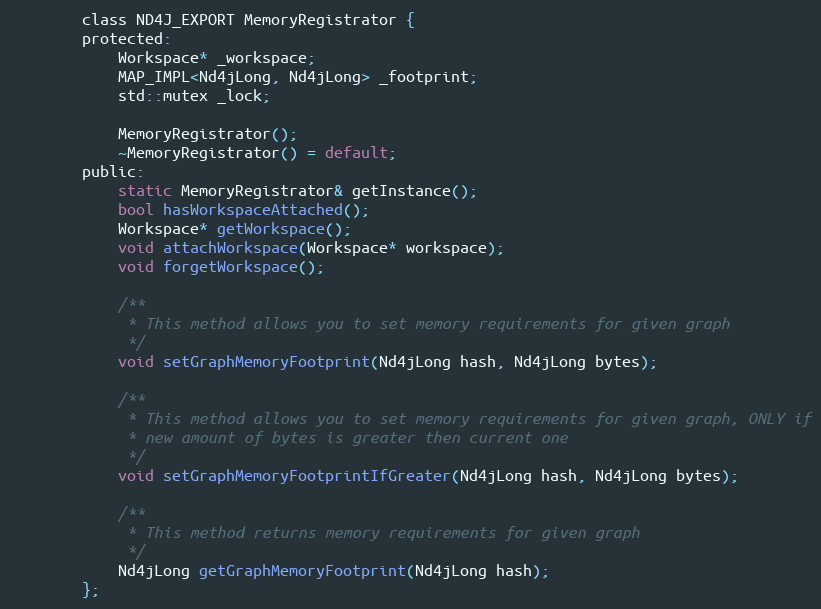
Language: C
        class ND4J_EXPORT MemoryRegistrator {
        protected:
            Workspace* _workspace;
            MAP_IMPL<Nd4jLong, Nd4jLong> _footprint;
            std::mutex _lock;

            MemoryRegistrator();
            ~MemoryRegistrator() = default;
        public:
            static MemoryRegistrator& getInstance();
            bool hasWorkspaceAttached();
            Workspace* getWorkspace();
            void attachWorkspace(Workspace* workspace);
            void forgetWorkspace();

            /**
             * This method allows you to set memory requirements for given graph
             */
            void setGraphMemoryFootprint(Nd4jLong hash, Nd4jLong bytes);

            /**
             * This method allows you to set memory requirements for given graph, ONLY if
             * new amount of bytes is greater then current one
             */
            void setGraphMemoryFootprintIfGreater(Nd4jLong hash, Nd4jLong bytes);

            /**
             * This method returns memory requirements for given graph
             */
            Nd4jLong getGraphMemoryFootprint(Nd4jLong hash);
        };